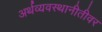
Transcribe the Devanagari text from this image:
अर्थव्यवस्थानीतीवर